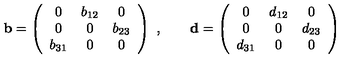
{ \mathbf b } = \left( \begin{array} { c c c } { 0 } & { b _ { 1 2 } } & { 0 } \\ { 0 } & { 0 } & { b _ { 2 3 } } \\ { b _ { 3 1 } } & { 0 } & { 0 } \\ \end{array} \right) \ , \qquad { \mathbf d } = \left( \begin{array} { c c c } { 0 } & { d _ { 1 2 } } & { 0 } \\ { 0 } & { 0 } & { d _ { 2 3 } } \\ { d _ { 3 1 } } & { 0 } & { 0 } \\ \end{array} \right)